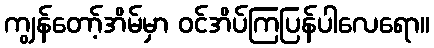
ကျွန်တော့်အိမ်မှာ ဝင်အိပ်ကြပြန်ပါလေရော။